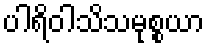
ပါရိဝါသိသမုစ္စယာ